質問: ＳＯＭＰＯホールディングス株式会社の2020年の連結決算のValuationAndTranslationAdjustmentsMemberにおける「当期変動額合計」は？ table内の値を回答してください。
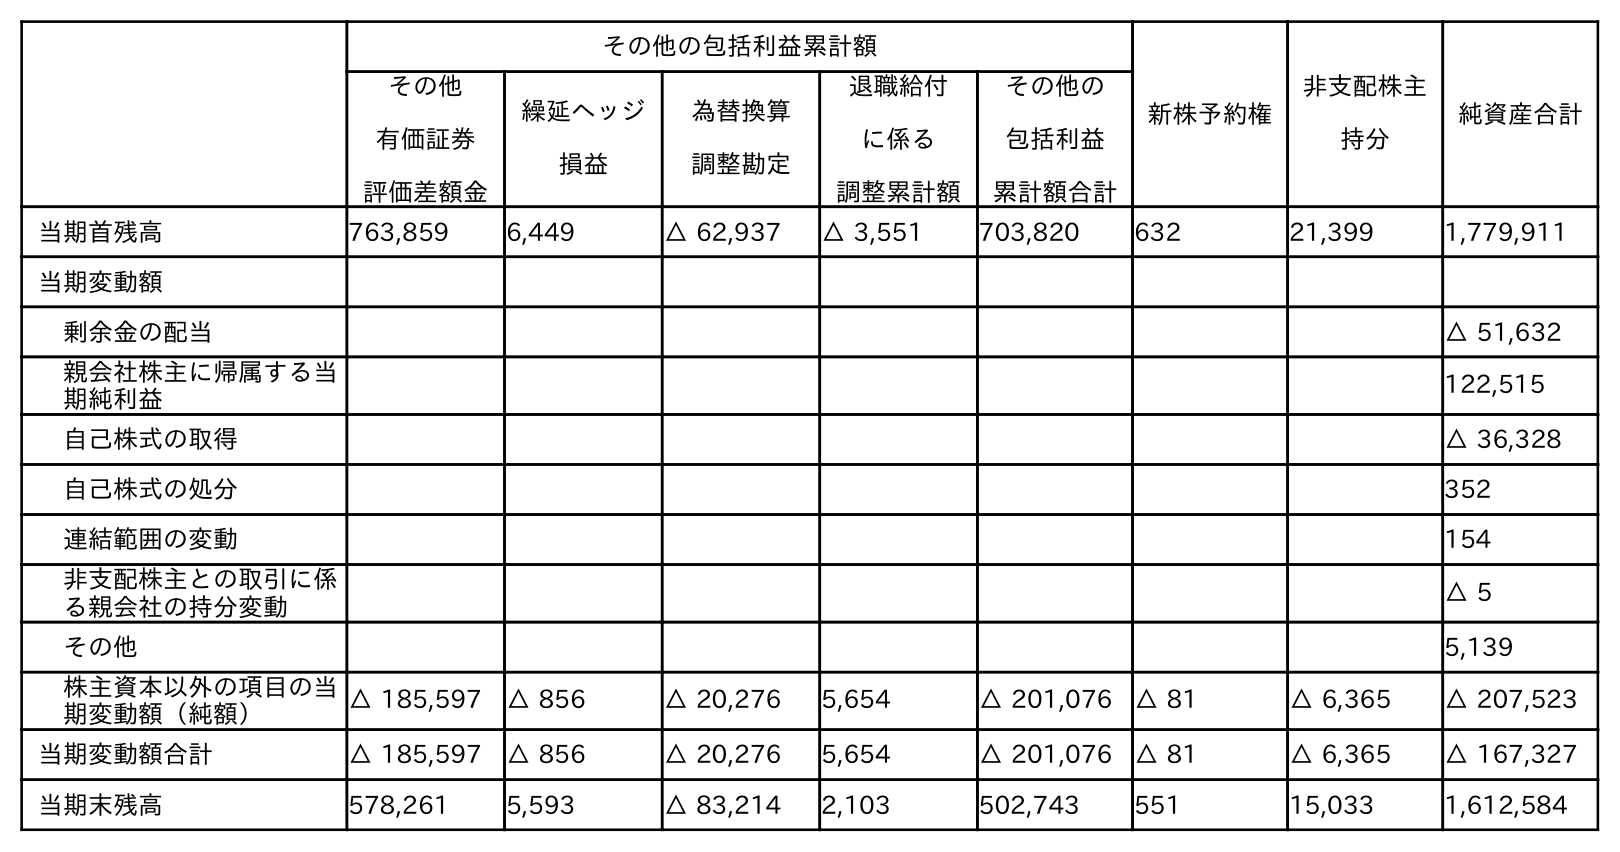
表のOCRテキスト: その他の包括利益累計額 新株予約権 非支配株主 持分 純資産合計 その他 有価証券 評価差額金 繰延ヘッジ 損益 為替換算 調整勘定 退職給付 に係る 調整累計額 その他の 包括利益 累計額合計 当期首残高 763,859 6,449 △ 62,937 △ 3,551 703,820 632 21,399 1,779,911 当期変動額 剰余金の配当 △ 51,632 親会社株主に帰属する当 期純利益 122,515 自己株式の取得 △ 36,328 自己株式の処分 352 連結範囲の変動 154 非支配株主との取引に係 る親会社の持分変動 △ 5 その他 5,139 株主資本以外の項目の当 期変動額（純額） △ 185,597 △ 856 △ 20,276 5,654 △ 201,076 △ 81 △ 6,365 △ 207,523 当期変動額合計 △ 185,597 △ 856 △ 20,276 5,654 △ 201,076 △ 81 △ 6,365 △ 167,327 当期末残高 578,261 5,593 △ 83,214 2,103 502,743 551 15,033 1,612,584
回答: △201,076